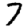
Digit: 7